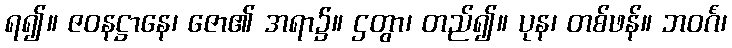
ရ၍။ ဇဝနဋ္ဌာနေ၊ ဇော၏ အရာ၌။ ဌတွာ၊ တည်၍။ ပုန၊ တစ်ဖန်။ ဘဝင်္ဂံ၊